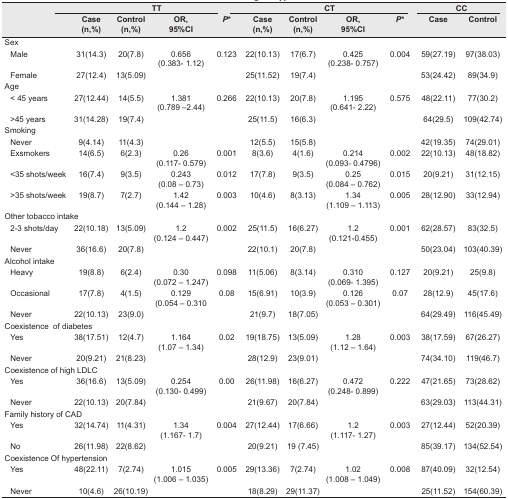
<table><thead><tr><td></td><td colspan="4"><b>TT</b></td><td colspan="4"><b>CT</b></td><td colspan="2"><b>CC</b></td></tr><tr><td></td><td><b>Case (n,%)</b></td><td><b>Control (n,%)</b></td><td><b>OR,95%CI</b></td><td><b><i>P</i>*</b></td><td><b>Case (n,%)</b></td><td><b>Control (n,%)</b></td><td><b>OR, 95%CI</b></td><td><b><i>P</i>*</b></td><td><b>Case</b></td><td><b>Control</b></td></tr></thead><tbody><tr><td>Sex</td><td></td><td></td><td></td><td></td><td></td><td></td><td></td><td></td><td></td><td></td></tr><tr><td> Male</td><td>31(14.3)</td><td>20(7.8)</td><td>0.656 (0.383–1.12)</td><td>0.123</td><td>22(10.13)</td><td>17(6.7)</td><td>0.425 (0.238–0.757)</td><td>0.004</td><td>59(27.19)</td><td>97(38.03)</td></tr><tr><td> Female</td><td>27(12.4)</td><td>13(5.09)</td><td></td><td></td><td>25(11.52)</td><td>19(7.4)</td><td></td><td></td><td>53(24.42)</td><td>89(34.9)</td></tr><tr><td>Age</td><td></td><td></td><td></td><td></td><td></td><td></td><td></td><td></td><td></td><td></td></tr><tr><td> &lt; 45 years</td><td>27(12.44)</td><td>14(5.5)</td><td>1.381 (0.789 –2.44)</td><td>0.266</td><td>22(10.13)</td><td>20(7.8)</td><td>1.195 (0.641–2.22)</td><td>0.575</td><td>48(22.11)</td><td>77(30.2)</td></tr><tr><td> &gt;45 years</td><td>31(14.28)</td><td>19(7.4)</td><td></td><td></td><td>25(11.5)</td><td>16(6.3)</td><td></td><td></td><td>64(29.5)</td><td>109(42.74)</td></tr><tr><td>Smoking</td><td></td><td></td><td></td><td></td><td></td><td></td><td></td><td></td><td></td><td></td></tr><tr><td> Never</td><td>9(4.14)</td><td>11(4.3)</td><td></td><td></td><td>12(5.5)</td><td>15(5.8)</td><td></td><td></td><td>42(19.35)</td><td>74(29.01)</td></tr><tr><td>Exsmokers</td><td>14(6.5)</td><td>6(2.3)</td><td>0.26 (0.117–0.579)</td><td>0.001</td><td>8(3.6)</td><td>4(1.6)</td><td>0.214 (0.093–0.4796)</td><td>0.002</td><td>22(10.13)</td><td>48(18.82)</td></tr><tr><td> &lt;35 shots/week</td><td>16(7.4)</td><td>9(3.5)</td><td>0.243 (0.08 – 0.73)</td><td>0.012</td><td>17(7.8)</td><td>9(3.5)</td><td>0.25 (0.084 – 0.762)</td><td>0.015</td><td>20(9.21)</td><td>31(12.15)</td></tr><tr><td> &gt;35 shots/week</td><td>19(8.7)</td><td>7(2.7)</td><td>1.42 (0.144 – 1.28)</td><td>0.003</td><td>10(4.6)</td><td>8(3.13)</td><td>1.34 (1.109 – 1.113)</td><td>0.005</td><td>28(12.90)</td><td>33(12.94)</td></tr><tr><td>Other tobacco intake</td><td></td><td></td><td></td><td></td><td></td><td></td><td></td><td></td><td></td></tr><tr><td> 2-3 shots/day</td><td>22(10.18)</td><td>13(5.09)</td><td>1.2 (0.124 – 0.447)</td><td>0.002</td><td>25(11.5)</td><td>16(6.27)</td><td>1.2 (0.121–0.455)</td><td>0.001</td><td>62(28.57)</td><td>83(32.5)</td></tr><tr><td> Never</td><td>36(16.6)</td><td>20(7.8)</td><td></td><td></td><td>22(10.1)</td><td>20(7.8)</td><td></td><td></td><td>50(23.04)</td><td>103(40.39)</td></tr><tr><td>Alcohol intake</td><td></td><td></td><td></td><td></td><td></td><td></td><td></td><td></td><td></td><td></td></tr><tr><td> Heavy</td><td>19(8.8)</td><td>6(2.4)</td><td>0.30 (0.072 – 1.247)</td><td>0.098</td><td>11(5.06)</td><td>8(3.14)</td><td>0.310 (0.069–1.395)</td><td>0.127</td><td>20(9.21)</td><td>25(9.8)</td></tr><tr><td> Occasional</td><td>17(7.8)</td><td>4(1.5)</td><td>0.129 (0.054 – 0.310</td><td>0.08</td><td>15(6.91)</td><td>10(3.9)</td><td>0.126 (0.053 – 0.301)</td><td>0.07</td><td>28(12.9)</td><td>45(17.6)</td></tr><tr><td> Never</td><td>22(10.13)</td><td>23(9.0)</td><td></td><td></td><td>21(9.7)</td><td>18(7.05)</td><td></td><td></td><td>64(29.49)</td><td>116(45.49)</td></tr><tr><td>Coexistence of diabetes</td><td></td><td></td><td></td><td></td><td></td><td></td><td></td><td></td><td></td></tr><tr><td> Yes</td><td>38(17.51)</td><td>12(4.7)</td><td>1.164 (1.07 – 1.34)</td><td>0.02</td><td>19(18.75)</td><td>13(5.09)</td><td>1.28 (1.12 – 1.64)</td><td>0.003</td><td>38(17.59)</td><td>67(26.27)</td></tr><tr><td> Never</td><td>20(9.21)</td><td>21(8.23)</td><td></td><td></td><td>28(12.9)</td><td>23(9.01)</td><td></td><td></td><td>74(34.10)</td><td>119(46.7)</td></tr><tr><td>Coexistence of high LDLC</td><td></td><td></td><td></td><td></td><td></td><td></td><td></td><td></td><td></td></tr><tr><td> Yes</td><td>36(16.6)</td><td>13(5.09)</td><td>0.254 (0.130–0.499)</td><td>0.00</td><td>26(11.98)</td><td>16(6.27)</td><td>0.472 (0.248–0.899)</td><td>0.222</td><td>47(21.65)</td><td>73(28.62)</td></tr><tr><td> Never</td><td>22(10.13)</td><td>20(7.84)</td><td></td><td></td><td>21(9.67)</td><td>20(7.84)</td><td></td><td></td><td>63(29.03)</td><td>113(44.31)</td></tr><tr><td>Family history of CAD</td><td></td><td></td><td></td><td></td><td></td><td></td><td></td><td></td><td></td></tr><tr><td> Yes</td><td>32(14.74)</td><td>11(4.31)</td><td>1.34 (1.167–1.7)</td><td>0.004</td><td>27(12.44)</td><td>17(6.66)</td><td>1.2 (1.117–1.27)</td><td>0.003</td><td>27(12.44)</td><td>52(20.39)</td></tr><tr><td> No</td><td>26(11.98)</td><td>22(8.62)</td><td></td><td></td><td>20(9.21)</td><td>19 (7.45)</td><td></td><td></td><td>85(39.17)</td><td>134(52.54)</td></tr><tr><td>Coexistence Of hypertension</td><td></td><td></td><td></td><td></td><td></td><td></td><td></td><td></td><td></td></tr><tr><td> Yes</td><td>48(22.11)</td><td>7(2.74)</td><td>1.015 (1.006 – 1.035)</td><td>0.005</td><td>29(13.36)</td><td>7(2.74)</td><td>1.02 (1.008 – 1.049)</td><td>0.008</td><td>87(40.09)</td><td>32(12.54)</td></tr><tr><td> Never</td><td>10(4.6)</td><td>26(10.19)</td><td></td><td></td><td>18(8.29)</td><td>29(11.37)</td><td></td><td></td><td>25(11.52)</td><td>154(60.39)</td></tr></tbody></table>